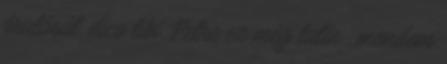
árulását, dico tibi, Petre ez még latin , mondom